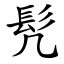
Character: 髠